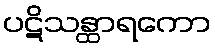
ပဋိသန္ထာရကော